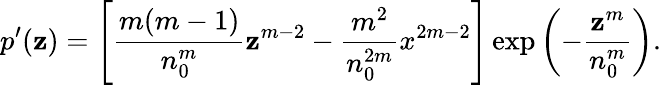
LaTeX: p^{\prime}(\mathbf{z})=\left[\frac{{m(m-1)}}{{n_{0}^{m}}}\mathbf{z}^{m-2}-\frac{{m^{2}}}{{n_{0}^{2m}}}x^{2m-2}\right]\exp\left(-\frac{{\mathbf{z}^{m}}}{{n_{0}^{m}}}\right).